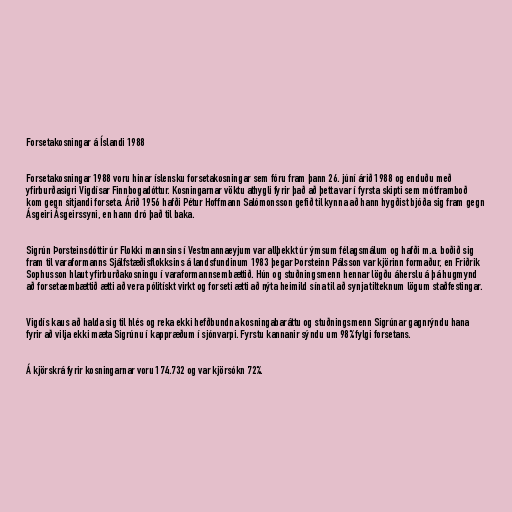
Forsetakosningar á Íslandi 1988

Forsetakosningar 1988 voru hinar íslensku forsetakosningar sem fóru fram þann 26. júní árið 1988 og enduðu með
yfirburðasigri Vigdísar Finnbogadóttur. Kosningarnar vöktu athygli fyrir það að þetta var í fyrsta skipti sem mótframboð
kom gegn sitjandi forseta. Árið 1956 hafði Pétur Hoffmann Salómonsson gefið til kynna að hann hygðist bjóða sig fram gegn
Ásgeiri Ásgeirssyni, en hann dró það til baka.

Sigrún Þorsteinsdóttir úr Flokki mannsins í Vestmannaeyjum var allþekkt úr ýmsum félagsmálum og hafði m.a. boðið sig
fram til varaformanns Sjálfstæðisflokksins á landsfundinum 1983 þegar Þorsteinn Pálsson var kjörinn formaður, en Friðrik
Sophusson hlaut yfirburðakosningu í varaformannsembættið. Hún og stuðningsmenn hennar lögðu áherslu á þá hugmynd
að forsetaembættið ætti að vera pólitískt virkt og forseti ætti að nýta heimild sína til að synja tilteknum lögum staðfestingar.

Vigdís kaus að halda sig til hlés og reka ekki hefðbundna kosningabaráttu og stuðningsmenn Sigrúnar gagnrýndu hana
fyrir að vilja ekki mæta Sigrúnu í kappræðum í sjónvarpi. Fyrstu kannanir sýndu um 98% fylgi forsetans.

Á kjörskrá fyrir kosningarnar voru 174.732 og var kjörsókn 72%.